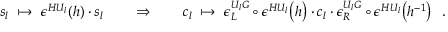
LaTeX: s _ { l } \ \mapsto \ \epsilon ^ { H U _ { l } } ( h ) \cdot s _ { l } \quad \quad \Rightarrow \quad \quad c _ { l } \ \mapsto \ \epsilon _ { L } ^ { U _ { l } G } \circ \epsilon ^ { H U _ { l } } \bigl ( h \bigr ) \cdot c _ { l } \cdot \epsilon _ { R } ^ { U _ { l } G } \circ \epsilon ^ { H U _ { l } } \bigl ( h ^ { - 1 } \bigr ) \ \ .